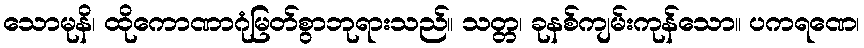
သောမုနိ၊ ထိုကောဏာဂုံမြတ်စွာဘုရားသည်။ သတ္တ၊ ခုနစ်ကျမ်းကုန်သော။ ပကရဏေ၊